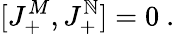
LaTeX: [J_{+}^{M},J_{+}^{\mathbb{N}}]=0\ .